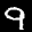
Label: 9